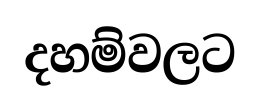
දහම්වලට